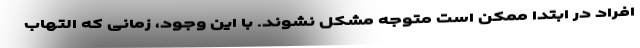
افراد در ابتدا ممکن است متوجه مشکل نشوند. با این وجود، زمانی که التهاب